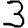
Digit: 3